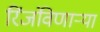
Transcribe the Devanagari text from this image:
रिंजंविणार्‍या